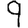
Digit: 9